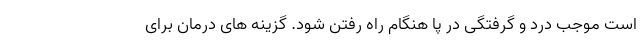
است موجب درد و گرفتگی در پا هنگام راه رفتن شود. گزینه های درمان برای